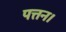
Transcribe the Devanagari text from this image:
पत्तन।